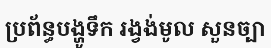
ប្រព័ន្ធបង្ហូទឹក រង្វង់មូល សួនច្បា